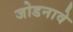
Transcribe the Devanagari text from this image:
जोडनावे